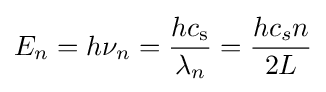
E_{n}=h\nu _{n}={hc_{\rm {s}} \over \lambda _{n}}={hc_{s}n \over 2L}